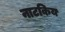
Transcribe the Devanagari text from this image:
नाटकिय